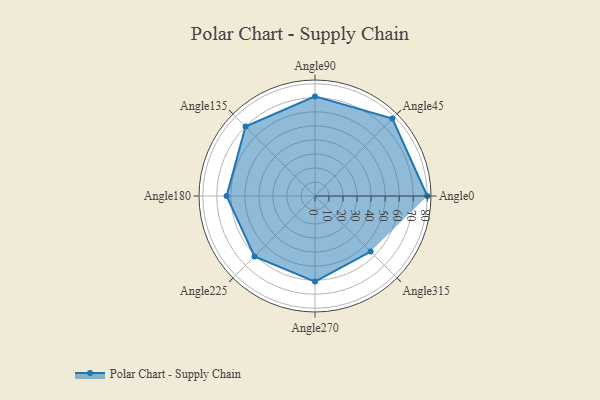
{"axis": {"x": "Angle", "y": "Radius"}, "legend": [""], "data": [{"x": "Angle0", "y": 80.0, "type": ""}, {"x": "Angle45", "y": 78.0, "type": ""}, {"x": "Angle90", "y": 71.0, "type": ""}, {"x": "Angle135", "y": 70.0, "type": ""}, {"x": "Angle180", "y": 63.0, "type": ""}, {"x": "Angle225", "y": 61.0, "type": ""}, {"x": "Angle270", "y": 61.0, "type": ""}, {"x": "Angle315", "y": 56.0, "type": ""}]}